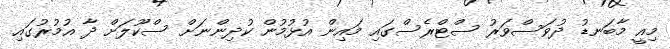
މިއީ މާބަނޑު ދުވަސްވަރު ސްޓްރެސްގައި މައިން އުޅުމުން ކުދިންނަށް ސްކޫލަށް ދާ އުމުރުގައި